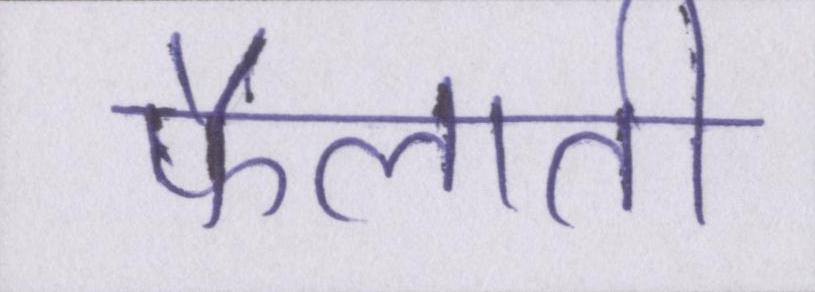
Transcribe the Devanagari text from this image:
फैलाती